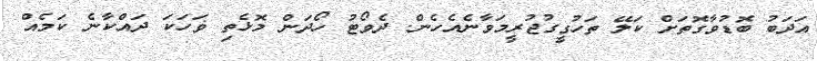
އަދަބު ބޮޑުވާގޮތަށް ކަލޭ ތަހުގީގުޖުރީމަވާނެއެހެން. ދެވޯޓު ހޯދަން މޮޅެތި ޥަހަކަ ދައްކާނެ ކަމެއް